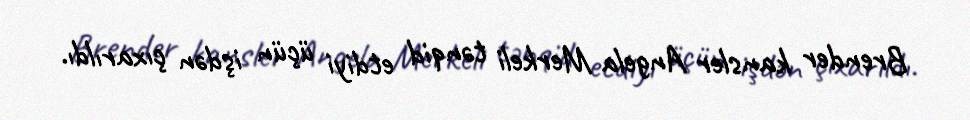
Brender kansler Angela Merkeli tənqid etdiyi üçün işdən çıxarıldı.